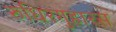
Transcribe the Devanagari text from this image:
रुधिरगुहारस